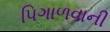
પિગાળવાની